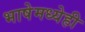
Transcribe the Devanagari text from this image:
भाषेमध्येही